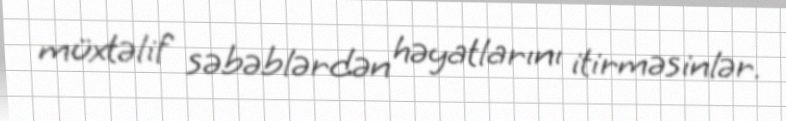
müxtəlif səbəblərdən həyatlarını itirməsinlər.